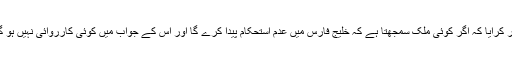
صدر روحانی نے باور کرایا کہ اگر کوئی ملک سمجھتا ہے کہ خلیج فارس میں عدم استحکام پیدا کرے گا اور اس کے جواب میں کوئی کارروائی نہیں ہو گی تو وہ غلطی پر ہے۔